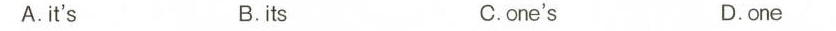
A. it's B. its C.one's D.one